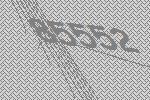
85552